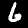
Digit: 6